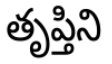
తృప్తిని